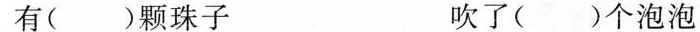
有( )颗珠子 吹了( )个泡泡